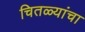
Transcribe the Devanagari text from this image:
चितळ्यांचा